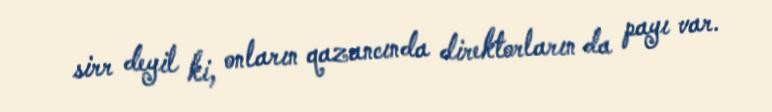
sirr deyil ki, onların qazancında direktorların da payı var.